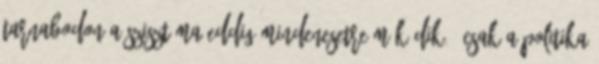
Tarnabodon a szisztéma eddig mindenesetre működik. "Csak a politika